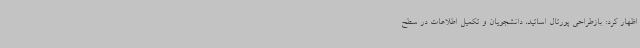
اظهار کرد: بازطراحی پورتال اساتید، دانشجویان و تکمیل اطلاعات در سطح